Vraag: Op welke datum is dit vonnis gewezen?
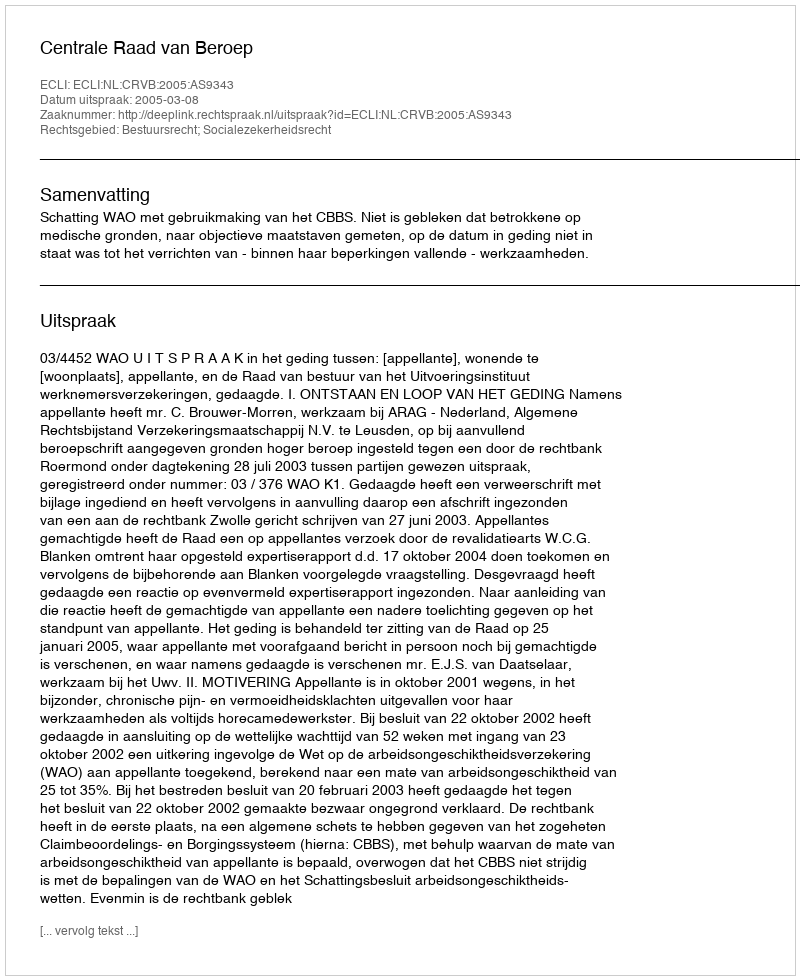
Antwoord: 2005-03-08